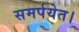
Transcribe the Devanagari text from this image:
समर्पयेत।